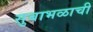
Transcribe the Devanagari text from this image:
सुबाभळाची